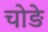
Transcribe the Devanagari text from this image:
चोङे